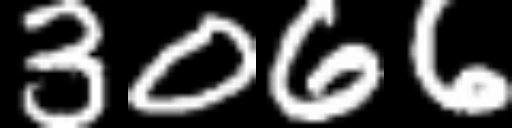
Text: 3066